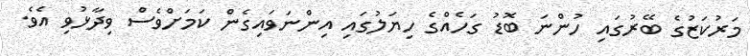
މަރުކަޒުގެ ބޭރުގައި ހުންނަ ބޮޑު ގަހެއްގެ ހިޔަލުގައި އިންނަވައިގެން ކަމަށްވެސް ވިދާޅުވި އެވެ.